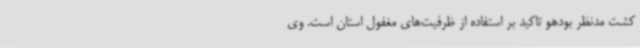
کشت مدنظر بودهو تاکید بر استفاده از ظرفیت‌های مغفول استان است. وی